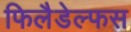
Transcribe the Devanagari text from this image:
फिलैडेल्फस